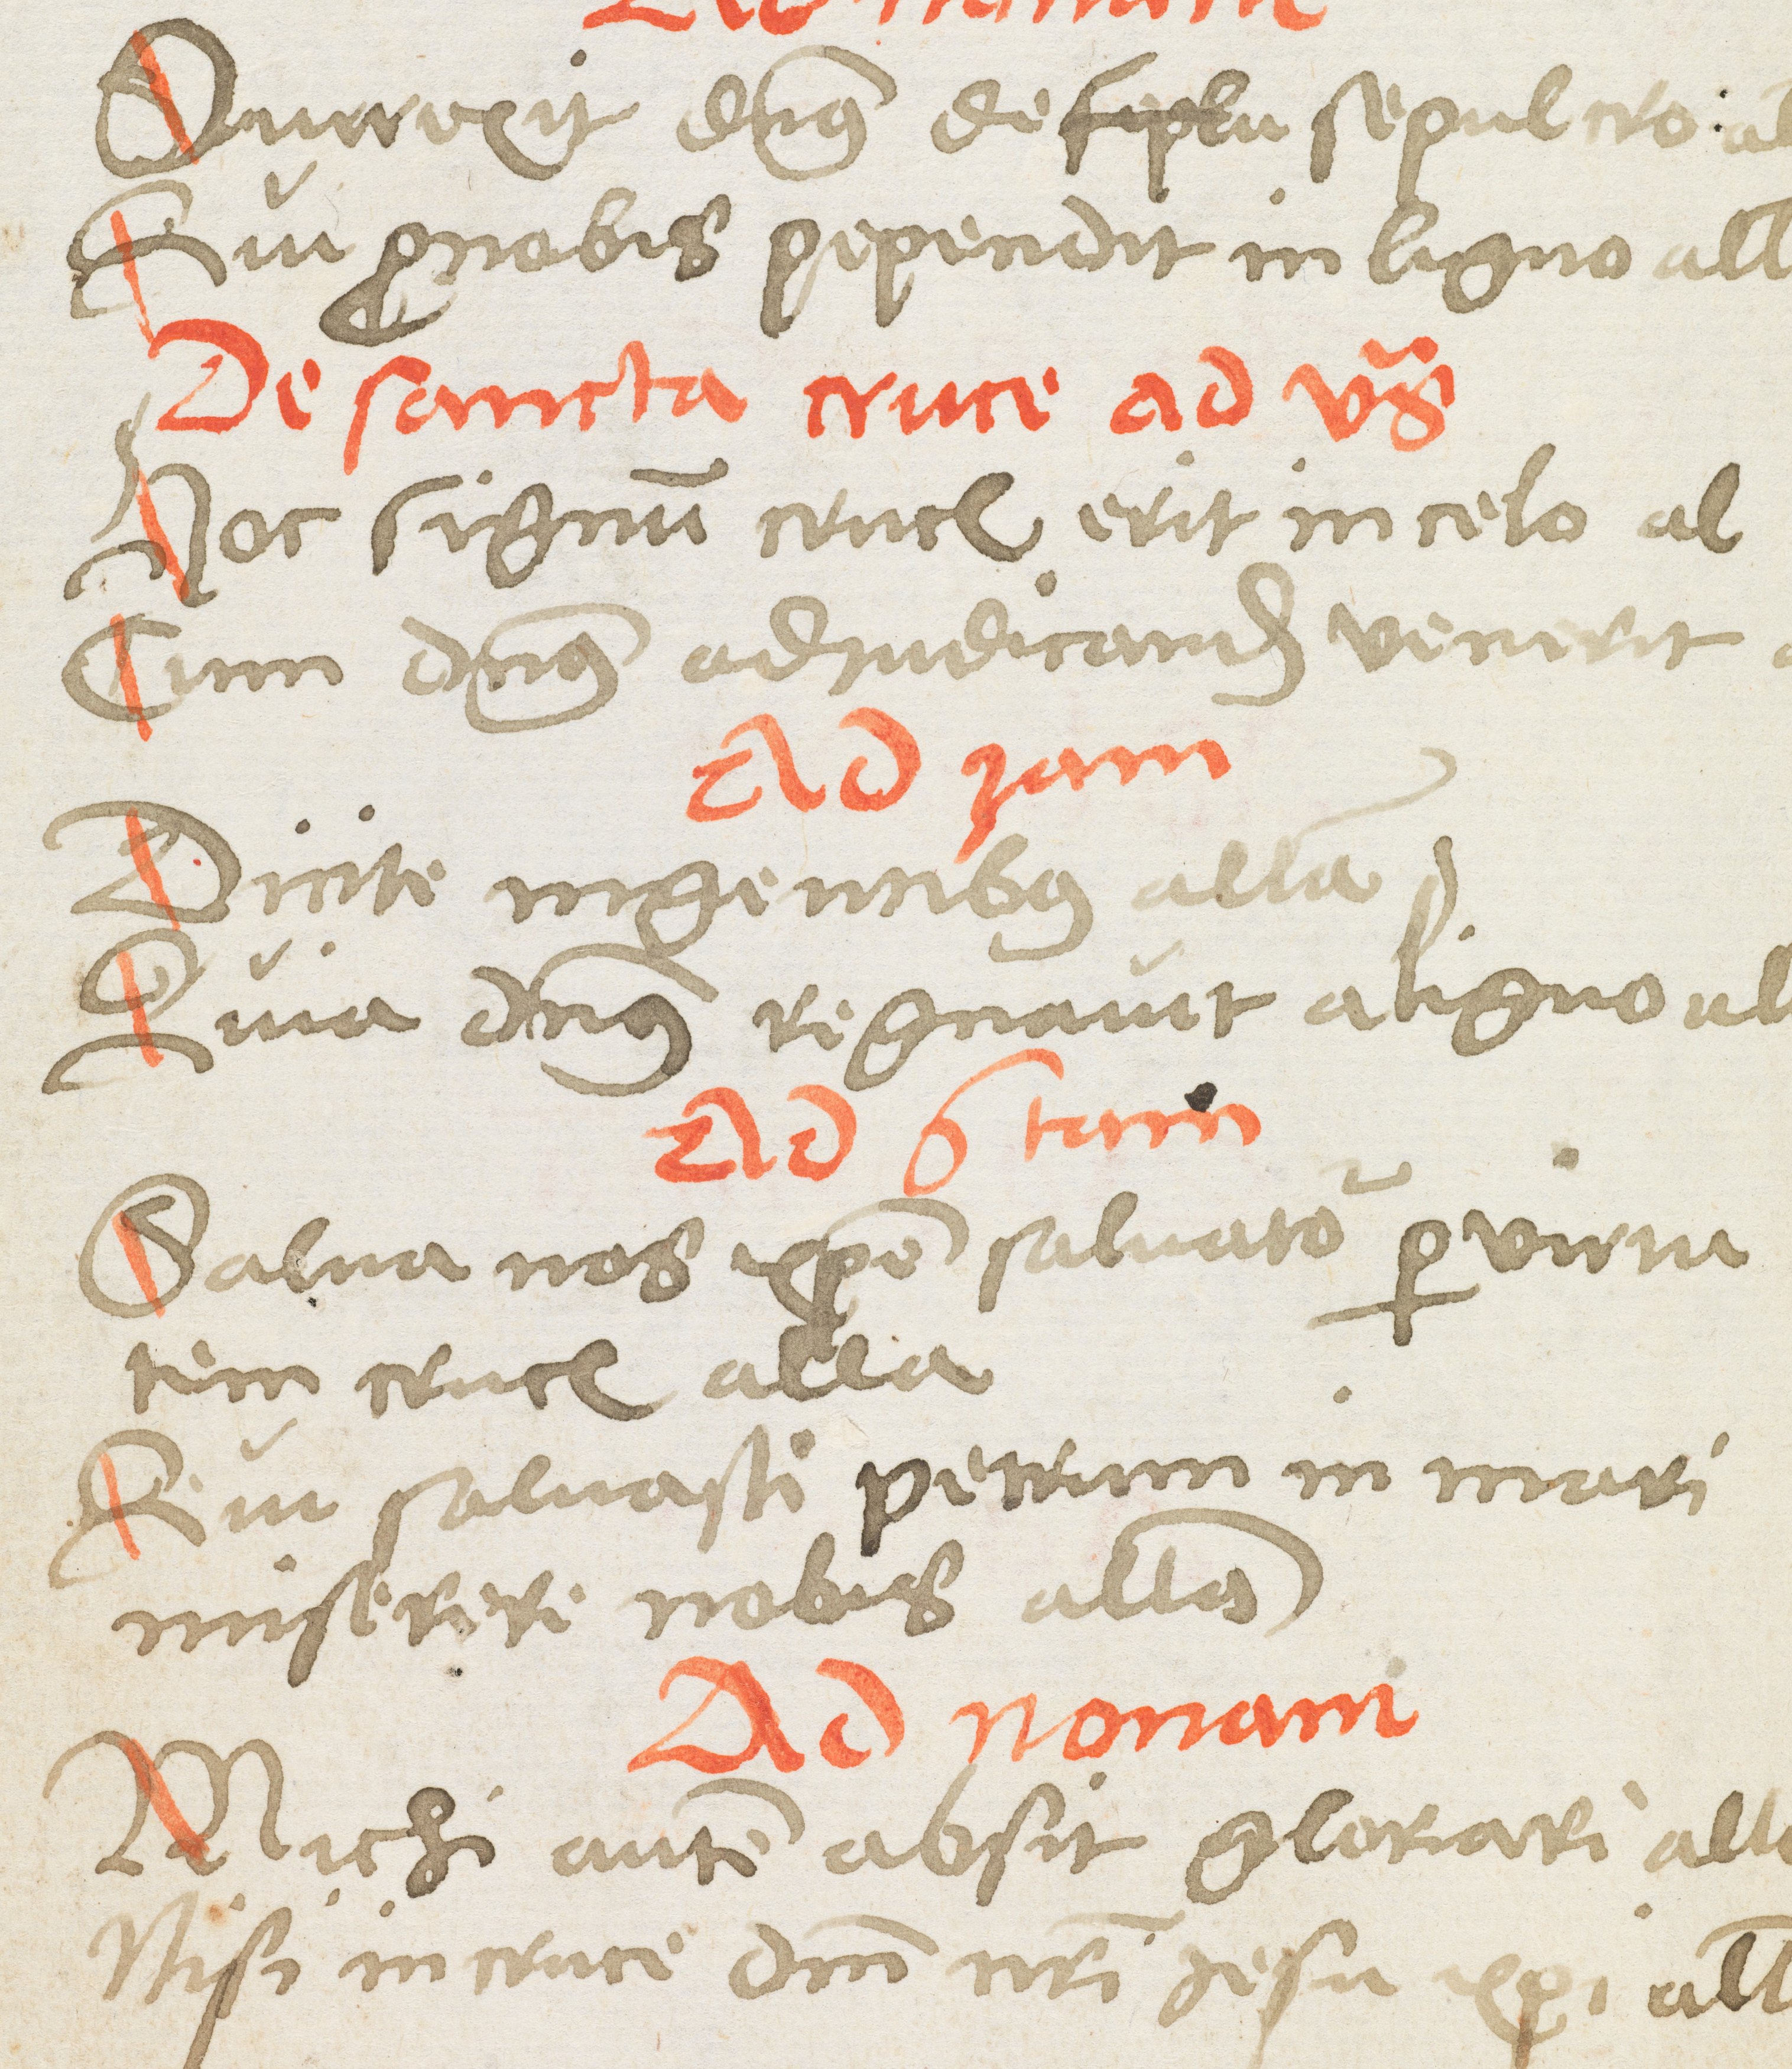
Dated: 1400–1499